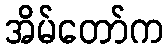
အိမ်တော်က